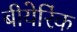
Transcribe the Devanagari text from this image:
बीयेरिंक